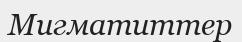
Мигматиттер